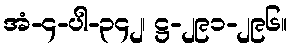
အံ-၄-ပါ-၃၄၂၊ ဋ္ဌ-၂၉၁-၂၉၆။